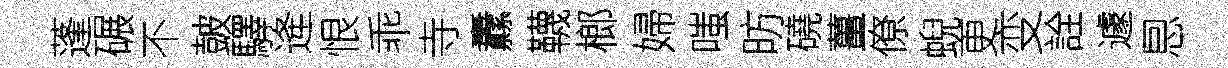
蓬碾不皷驛逄恨乖寺纛韈榔婦嗤昉磽薑僚蜺更变詮遽㤙